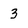
Character: 3